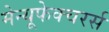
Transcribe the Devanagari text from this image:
मेन्यूफेक्चरर्स